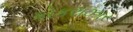
કોકરાઝાર